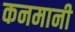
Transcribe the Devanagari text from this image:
कनमानी